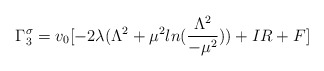
\begin{align*}\Gamma_3^{\sigma}= v_0[-2\lambda( \Lambda^2 + \mu^2ln(\frac{\Lambda^2}{-\mu^2})) + IR+ F]\end{align*}